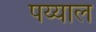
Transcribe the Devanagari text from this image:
पय्याल